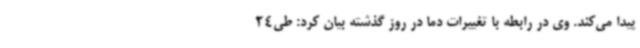
پیدا می‌کند. وی در رابطه با تغییرات دما در روز گذشته بیان کرد: طی24